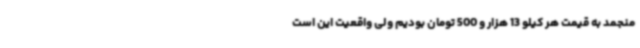
منجمد به قیمت هر کیلو 13 هزار و 500 تومان بودیم ولی واقعیت این است